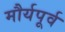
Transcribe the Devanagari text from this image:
मौर्यपूर्व